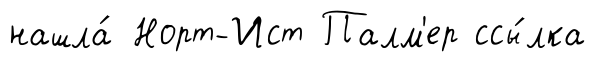
нашла́ Норт-Ист Палм'ер ссы́лка